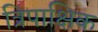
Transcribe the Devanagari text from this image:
त्रिपाक्षिक